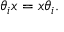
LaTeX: \theta _ { i } x = x \theta _ { i } .